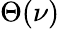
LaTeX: \Theta(\nu)